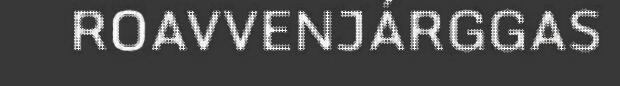
ROAVVENJÁRGGAS